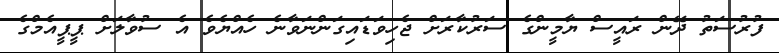
ފުރުސަތު ދޭން ރައީސް ޔާމީންގެ ސަރުކާރަށް ޖެހިވަޑައިގަންނަވާނެ ހެއްޔެވެ އެ ސުވާލަށް ޕީޕީއެމްގެ